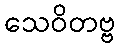
သေဝိတဗ္ဗ